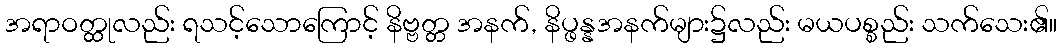
အရာဝတ္ထုလည်း ရသင့်သောကြောင့် နိဗ္ဗတ္တ အနက်, နိပ္ဖန္နအနက်များ၌လည်း မယပစ္စည်း သက်သေး၏။